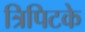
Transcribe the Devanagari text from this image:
त्रिपिटके